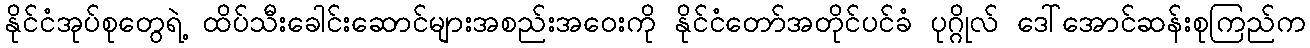
နိုင်ငံအုပ်စုတွေရဲ့ ထိပ်သီးခေါင်းဆောင်များအစည်းအဝေးကို နိုင်ငံတော်အတိုင်ပင်ခံ ပုဂ္ဂိုလ် ဒေါ်အောင်ဆန်းစုကြည်က